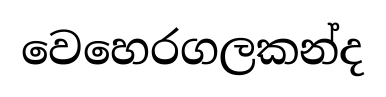
වෙහෙරගලකන්ද